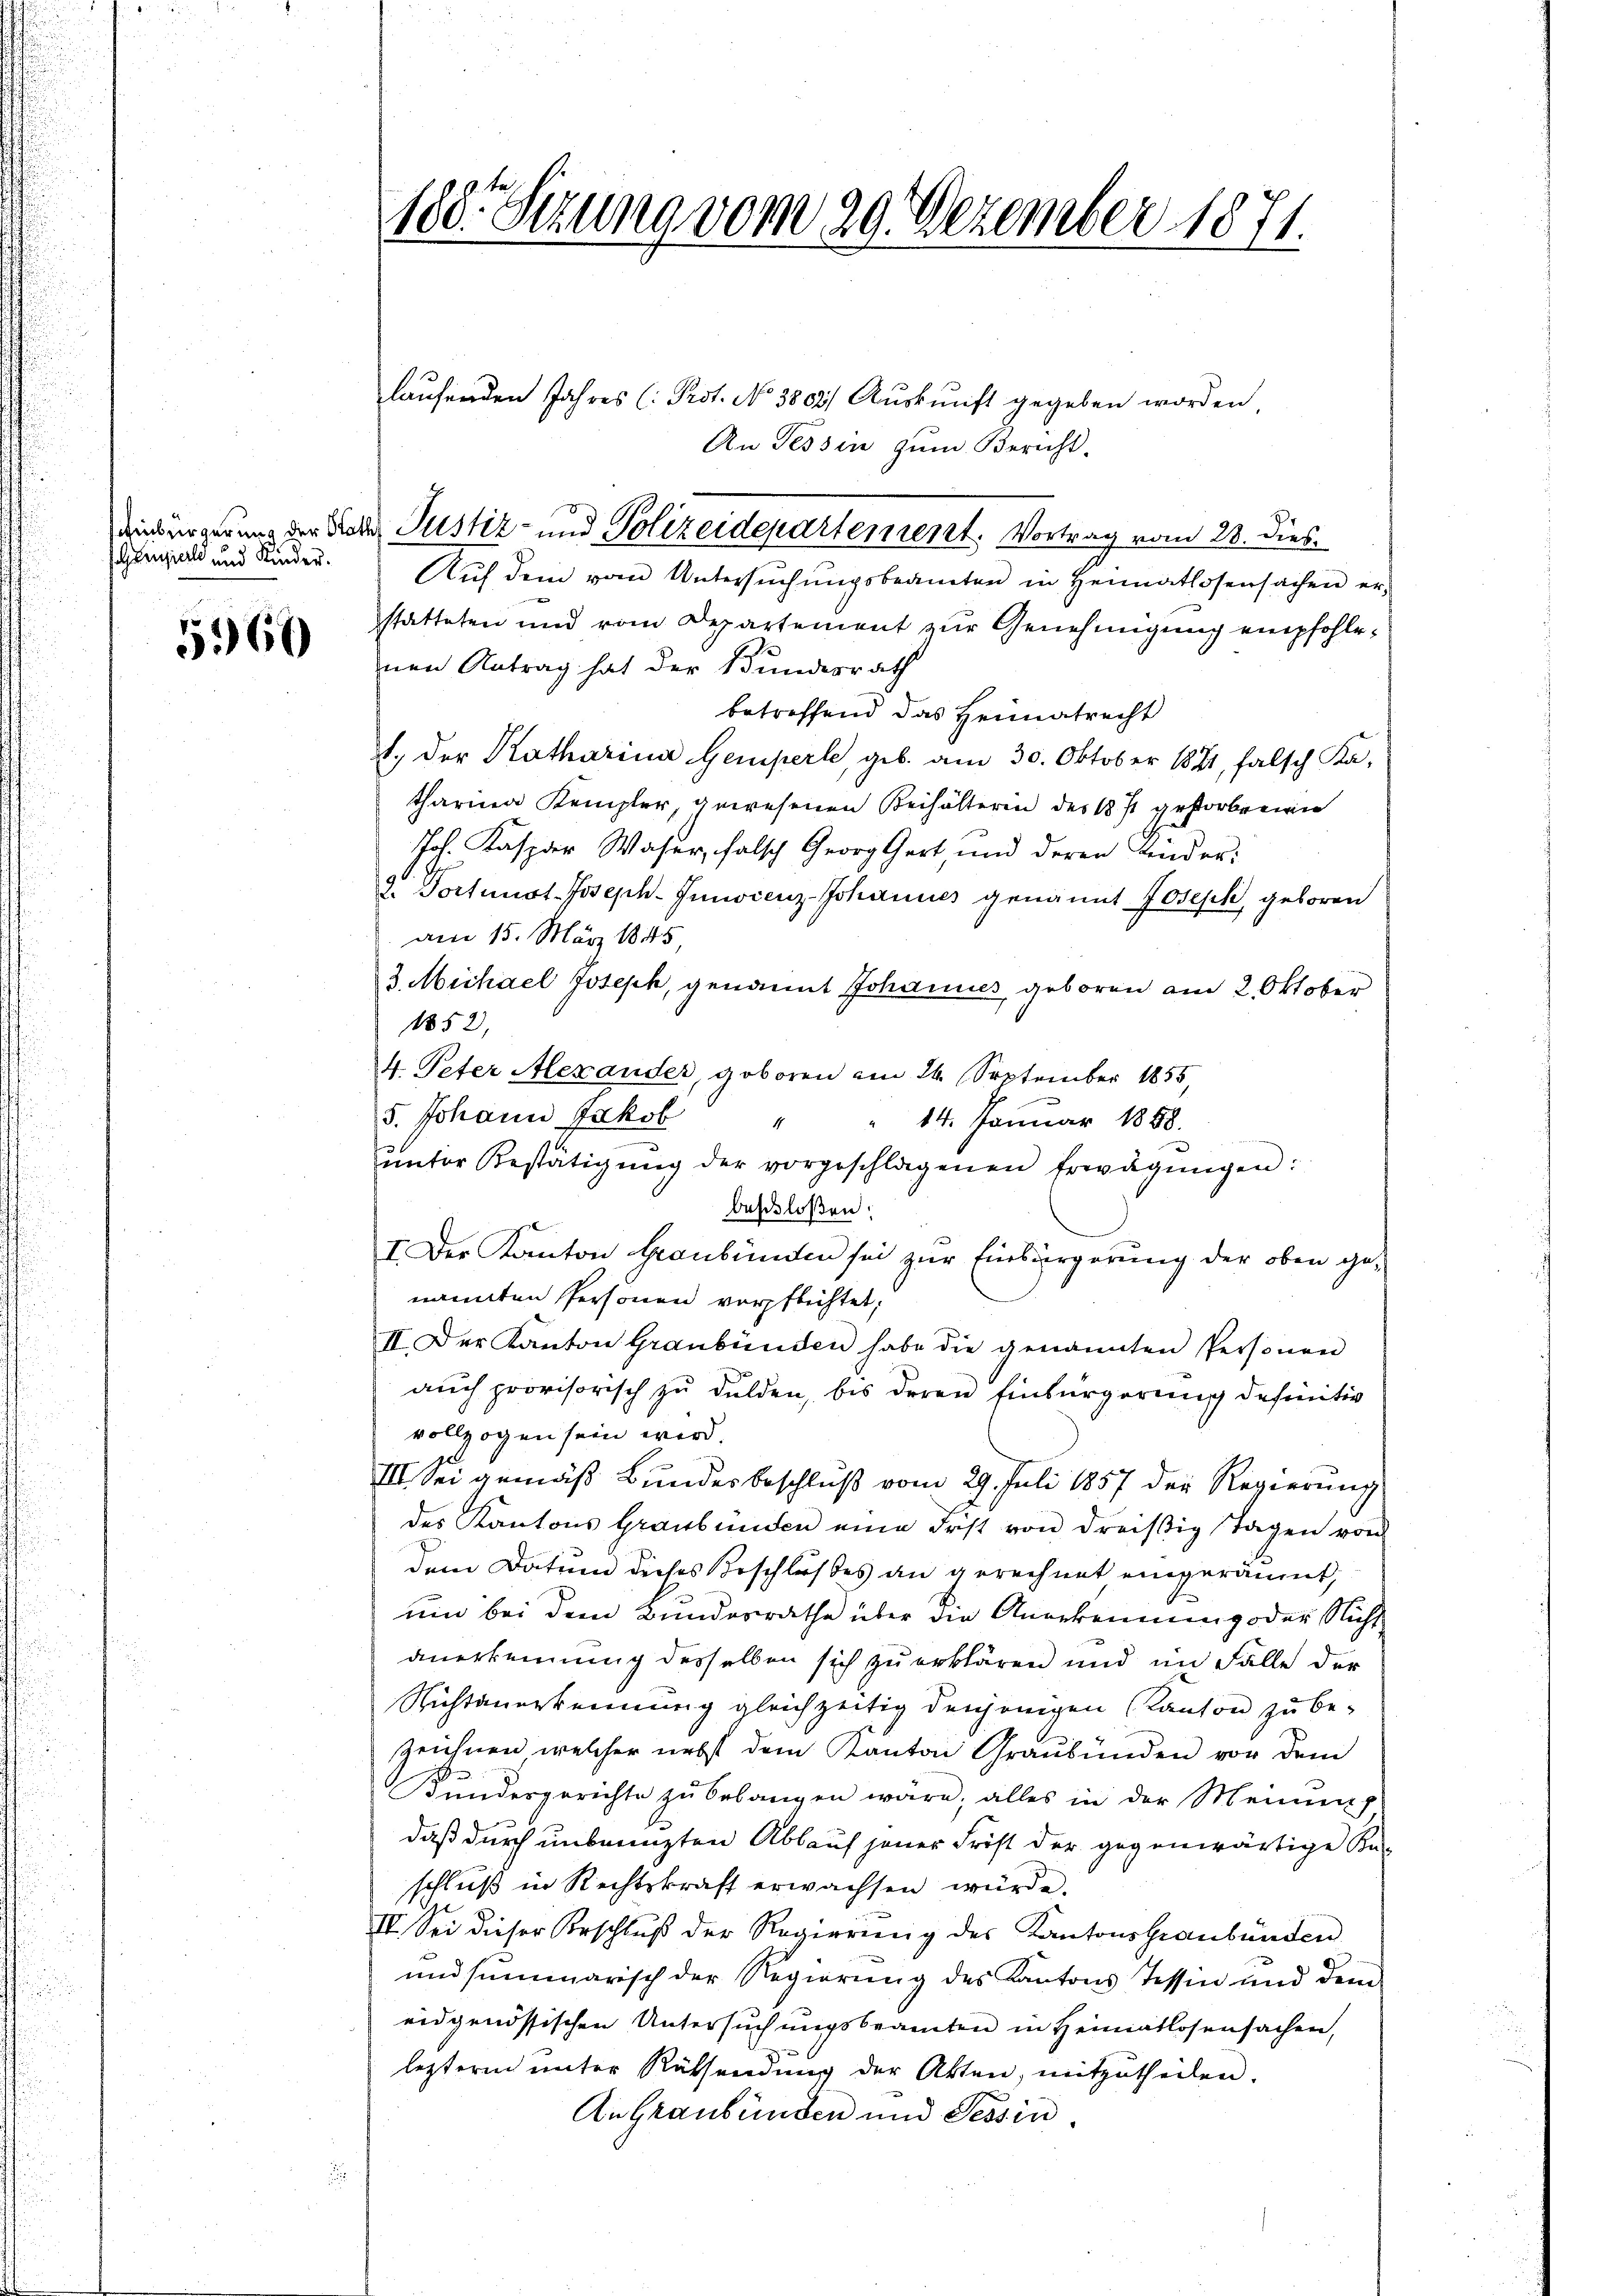
Genial und Kinder.

560

laŭfenden Jahres (: Prot. No 3802/ Aŭskŭnft gegeben worden,
An Tessin zum Bericht.
Aŭf dem vom Untersŭchŭngsbeamten in Heimatlosensachen er-
statteten und vom Departement zur Genehmigung empfohlenen Antrag hat der Bundesrath
betreffend das Heimatrecht
1. der Katharina Gemperle, geb. am 30. Oktober 1881, falsch Ka-
tharina Kempler, gewesenen Beihälterin des 17 gestorbenen
Joh. Kaspar Waser, falsch Georg Gert, und deren Kinder:
2. Tortenst. Joseph-Juwienz-Johannes genannt Joseph, geboren
am 15. März 1845
3. Michael Joseph, genannt Johannes, geboren am 2. Oktober
1852,
4. Peter Alexander, geboren am 24. September 1855,
5. Johann Jakob
14. Januar 1888.
4
ŭnter Bestätigŭng der vorgeschlagenen Erwägŭngen:
beschloßen:
I Der Kanton Graubünden sei zur Einbürgerung der oben ge-
nannten Personen verpflichtet,
II. Der Kanton Graubünden habe die genannten Personen
auch provisorisch zu dulden, bis deren Einbürgerung definitiv
vollzogen sein wird.
III. Sei gemäß Bundesbeschluß vom 29. Juli 1857 der Regierung
des Kantons Graubünden eine Frist von dreisig Tagen von
dem Datum dieses Beschlußes an gerechnet eingeräumt,
um bei dem Bundesrathe über die Anerkennung oder Nicht
anerkennung desselben sich zu erklären und im Falle der
Nichtanerkennung gleichzeitig denjenigen Kanton zu bezeichnen welcher nebst dem Kanton Graubünden vor dem
Kundesgerichte zŭ belangen wäre; alles in der Meinung
daß durch unbeanzten Ablauf jener Frist der gegenwärtige Kaschluß in Rechtskraft erwachsen würde.
IV. Sei dieser Beschluß der Regierung des Kantons Graubünden
und summarisch der Regierung des Kantons Tessin und dem
eidgenössischen Untersuchungsbeamten in Heimatlosensachen,
lezteren unter Rüksendung der Akten, mitzutheilen.
An Graubünden und Tessin

188. Sizung vom 29. Dezember 1871.

Kindergerung der Todes Justiz- und Polizeidepartement. Vortrag vom 28. Dies